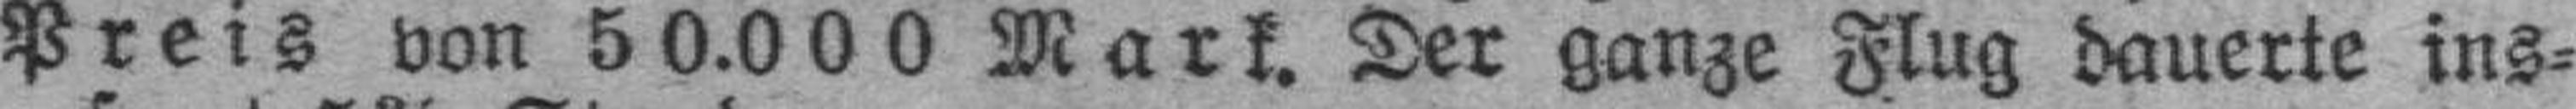
Preis von 50.000 Mark. Der ganze Flug dauerte ins¬